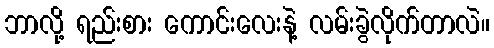
ဘာလို့ ရည်းစား ကောင်းလေးနဲ့ လမ်းခွဲလိုက်တာလဲ။